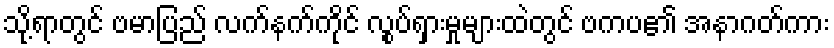
သို့ရာတွင် ဗမာပြည် လက်နက်ကိုင် လွုပ်ရှားမှုများထဲတွင် ဗကပ၏ အနာဂတ်ကား